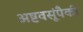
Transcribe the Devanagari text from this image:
अष्टवसूंपैकी